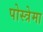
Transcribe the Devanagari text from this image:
पोस्त्रेमा